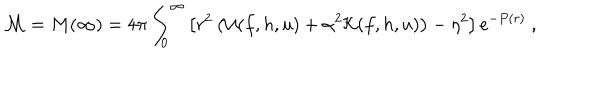
{ \cal M } = M ( \infty ) = 4 \pi \int _ { 0 } ^ { \infty } \left[ r ^ { 2 } \left( { \cal U } ( f , h , u ) + \alpha ^ { 2 } { \cal K } ( f , h , u ) \right) - \eta ^ { 2 } \right] e ^ { - P ( r ) } \ ,